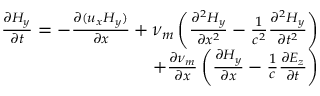
\begin{array} { r } { \frac { \partial { H _ { y } } } { \partial t } = - \frac { \partial { ( u _ { x } H _ { y } ) } } { \partial x } + \nu _ { m } \left( \frac { \partial ^ { 2 } H _ { y } } { \partial x ^ { 2 } } - \frac { 1 } { c ^ { 2 } } \frac { \partial ^ { 2 } H _ { y } } { \partial t ^ { 2 } } \right) } \\ { + \frac { \partial { \nu _ { m } } } { \partial x } \left( \frac { \partial { H _ { y } } } { \partial x } - \frac { 1 } { c } \frac { \partial { E _ { z } } } { \partial t } \right) } \end{array}